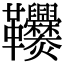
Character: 𩎑